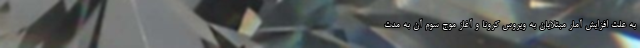
به علت افزایش آمار مبتلایان به ویروس کرونا و آغاز موج سوم آن به مدت